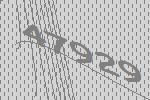
47929